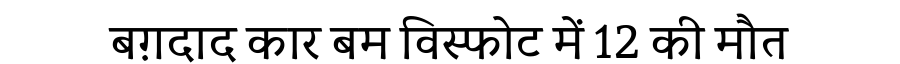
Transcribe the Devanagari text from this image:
बग़दाद कार बम विस्फोट में 12 की मौत